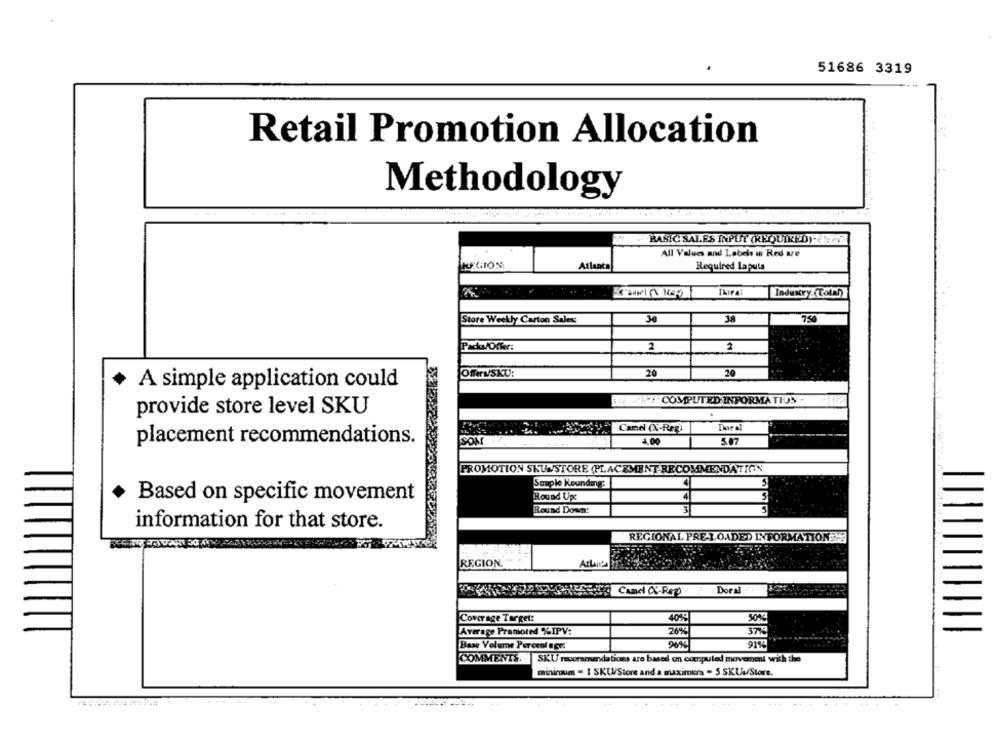
51686 3319
Retail Promotion Allocation
Methodology
BASIC SALES INPUT (REQUIRED). CETTE
All Values and Labels in Red are
REGION
Atlanta
Required Laputa
Industry.(Tolah)
Store Weekly Carton Saless
30
38
7.50
Packs/Offer:
2
2
20
Offers/SKU:
20
A simple application could
ET WS2-COMPUTED INFORMATION .
provide store level SKU
Canel (X-Reg)
placement recommendations.
SOM
4.00
PROMOTION SKUNSTORE (PLACEMENT RECOMMENDATION
Suple Keunding:
Based on specific movement
Round Ups
Round Down:
3
information for that store.
REGIONAL PRE-LOADED INFORMATION
REGION
Camel (X-Rep)
Doral
Coverage Target:
40%
26%
Average Promoted %IPV:
Base Volume Percent age:
90%
91%
COMMENTS. . SKU recoramendations are based on compuled movement with the
miniroum - I SKUStore and a maximera - 5 SKUStore.